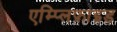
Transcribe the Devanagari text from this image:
एम्प्लिफ़ाइड